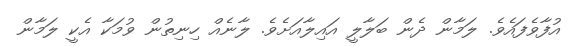
އުފާވެފައެވެ. ލަމާން ދެން ބަލާލީ އައިލާއަށެވެ. ލާނެއް ހިނިތުން ވުމަކާ އެކީ ލަމާން